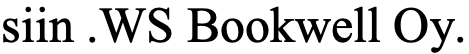
siin .WS Bookwell Oy.